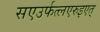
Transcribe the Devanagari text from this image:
सएउर्फत्लएरुइएत्